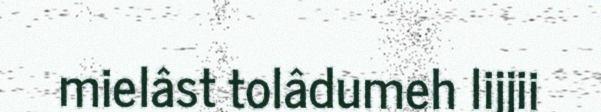
mielâst tolâdumeh lijjii